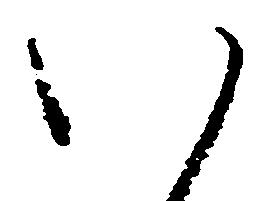
い